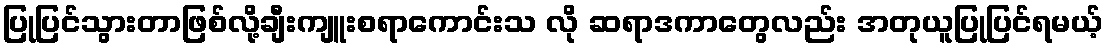
ပြုပြင်သွားတာဖြစ်လို့ချီးကျူးစရာကောင်းသ လို ဆရာဒကာတွေလည်း အတုယူပြုပြင်ရမယ့်